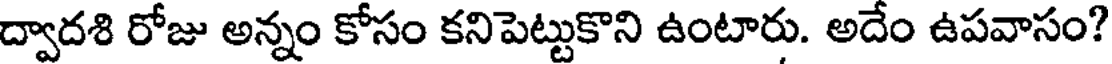
ద్వాదశి రోజు అన్నం కోసం కనిపెట్టుకొని ఉంటారు. అదేం ఉపవాసం?